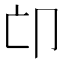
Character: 𠨑